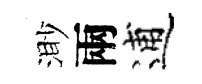
渺兩逋